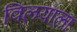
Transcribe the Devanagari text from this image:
विलयाला